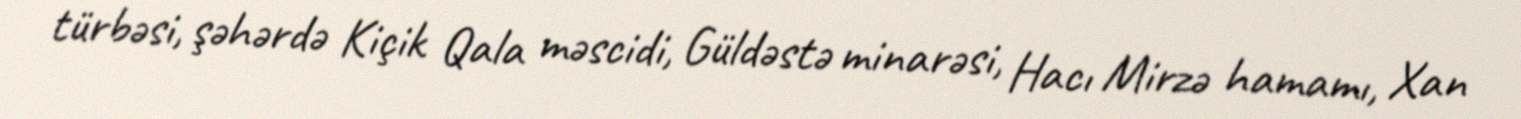
türbəsi, şəhərdə Kiçik Qala məscidi, Güldəstə minarəsi, Hacı Mirzə hamamı, Xan